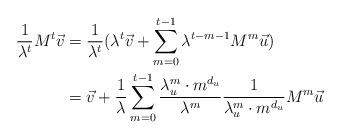
LaTeX: \begin{align*}\frac{1}{\lambda^t} M^t \vec v&= \frac{1}{\lambda^t} (\lambda^t \vec v + \sum_{m=0}^{t-1} \lambda^{t-m-1} M^{m} \vec u)\\&= \vec v + \frac{1}{\lambda}\sum_{m=0}^{t-1} \frac{\lambda_u^{m} \cdot {m}^{d_u}}{\lambda^{m}} \frac{1}{\lambda_u^{m} \cdot {m}^{d_u}} M^{m} \vec u\end{align*}